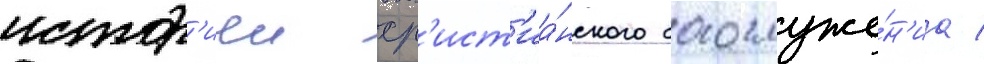
истор'иеи хр'ист'иа́нского богослуже́н'иа /